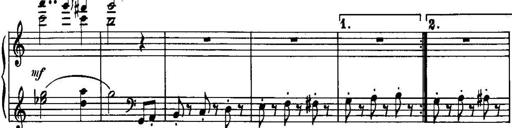
Title: Piano Sonatina No.1, Op.146
Composer: Stephen Heller